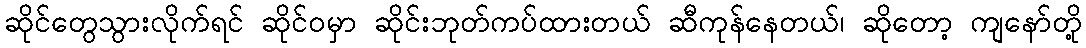
ဆိုင်တွေသွားလိုက်ရင် ဆိုင်ဝမှာ ဆိုင်းဘုတ်ကပ်ထားတယ် ဆီကုန်နေတယ်၊ ဆိုတော့ ကျနော်တို့